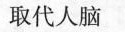
取代人脑